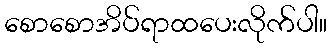
စောစောအိပ်ရာထပေးလိုက်ပါ။